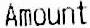
AMOUNT